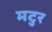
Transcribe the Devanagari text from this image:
मटुर